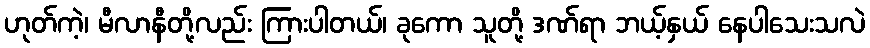
ဟုတ်ကဲ့၊ မီလာနီတို့လည်း ကြားပါတယ်၊ ခုကော သူတို့ ဒဏ်ရာ ဘယ့်နှယ် နေပါသေးသလဲ